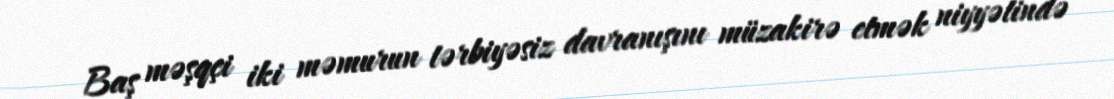
Baş məşqçi iki məmurun tərbiyəsiz davranışını müzakirə etmək niyyətində